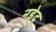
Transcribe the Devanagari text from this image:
नडेदु